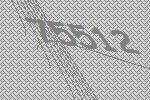
75512